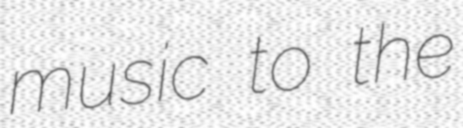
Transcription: music to the